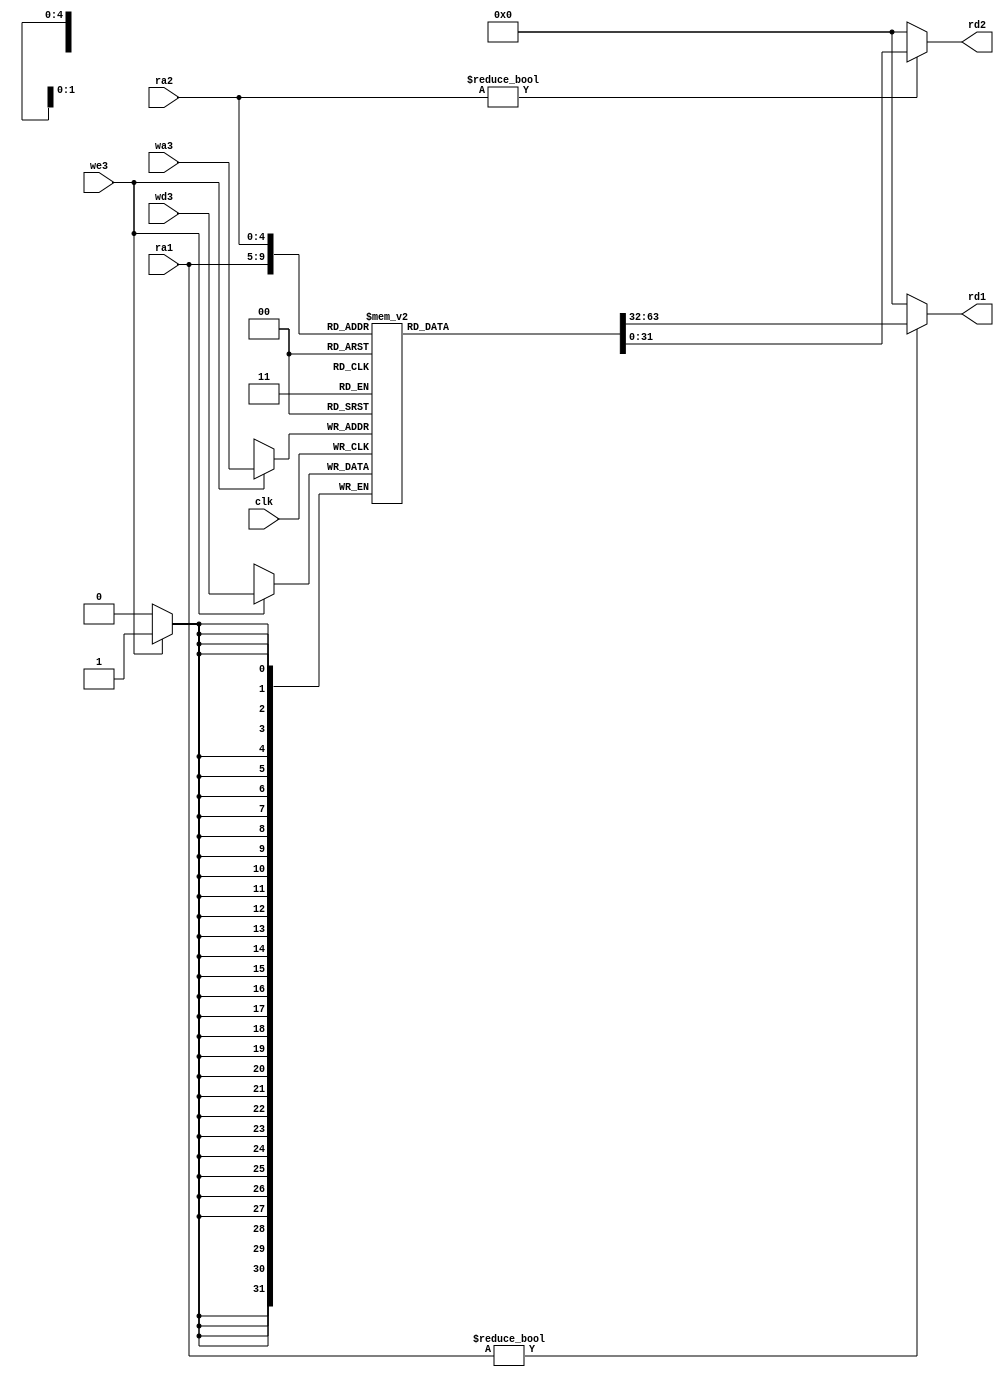
module regfile(input        clk, 
               input          we3, 
               input   [4:0]  ra1, ra2, wa3, 
               input   [31:0] wd3, 
               output  [31:0] rd1, rd2);

  reg [31:0] rf[31:0];


  always @(posedge clk)
    if (we3) rf[wa3] <= wd3;	

  assign rd1 = (ra1 != 0) ? rf[ra1] : 0;
  assign rd2 = (ra2 != 0) ? rf[ra2] : 0;
endmodule


module adder(input  [31:0] a, b,
             output [31:0] y);

  assign y = a + b;
endmodule


module sl2(input  [31:0] a,
           output [31:0] y);

  // shift left by 2
  assign y = {a[29:0], 2'b00};
endmodule


module signext(a,alucontrol,y);
input [15:0] a;
input [2:0] alucontrol;
output [31:0] y;              

assign y = (alucontrol==3'b001)? {{16{1'b0}},a}:{{16{a[15]}},a};
endmodule




module flopr #(parameter WIDTH = 8)
              (input            clk, reset,
               input  [WIDTH-1:0] d, 
               output reg  [WIDTH-1:0] q);

  always@(posedge clk, posedge reset)
    if (reset) q <= 0;
    else       q <= d;
endmodule





module flopenr #(parameter WIDTH = 8)
                (input               clk, reset,
                 input               en,
                 input   [WIDTH-1:0] d, 
                 output reg [WIDTH-1:0] q);
 
  always@(posedge clk, posedge reset)
    if      (reset) q <= 0;
    else if (en)    q <= d;
endmodule




module mux2 #(parameter WIDTH = 8)
             (input  [WIDTH-1:0] d0, d1, 
              input   s, 
              output  [WIDTH-1:0] y);

  assign y = s ? d1 : d0; 
endmodule






module mux3 #(parameter WIDTH = 8)
             (input [WIDTH-1:0] d0, d1, d2,
              input [1:0]       s, 
              output [WIDTH-1:0] y);

  assign #1 y = s[1] ? d2 : (s[0] ? d1 : d0); 
endmodule





module mux4 #(parameter WIDTH = 8)
             (input   [WIDTH-1:0] d0, d1, d2, d3,
              input   [1:0]       s, 
              output  reg [WIDTH-1:0] y);

   always @(*)
      case(s)
         2'b00: y <= d0;
         2'b01: y <= d1;
         2'b10: y <= d2;
         2'b11: y <= d3;
      endcase
endmodule